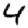
Digit: 4